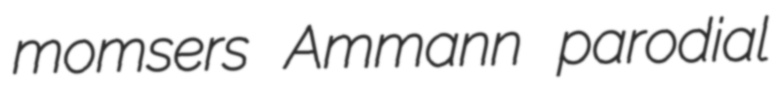
momsers Ammann parodial